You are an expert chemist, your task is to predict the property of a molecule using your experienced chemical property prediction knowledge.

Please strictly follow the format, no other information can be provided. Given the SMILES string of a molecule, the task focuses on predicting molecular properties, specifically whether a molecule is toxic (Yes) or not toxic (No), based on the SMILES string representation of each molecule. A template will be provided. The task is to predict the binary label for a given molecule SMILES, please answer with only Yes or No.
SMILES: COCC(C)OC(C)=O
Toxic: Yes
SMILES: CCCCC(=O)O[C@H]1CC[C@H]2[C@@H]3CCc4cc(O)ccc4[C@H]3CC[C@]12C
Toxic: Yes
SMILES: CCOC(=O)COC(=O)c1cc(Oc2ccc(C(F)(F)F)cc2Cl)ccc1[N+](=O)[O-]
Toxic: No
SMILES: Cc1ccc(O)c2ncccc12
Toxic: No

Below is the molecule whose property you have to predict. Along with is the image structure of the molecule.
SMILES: Clc1ccc(C2(Cn3cncn3)OCCO2)c(Cl)c1
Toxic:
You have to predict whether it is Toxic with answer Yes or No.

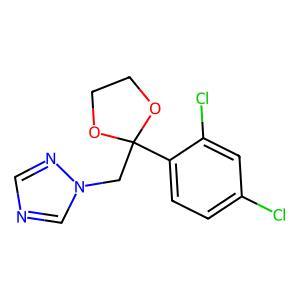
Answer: No